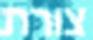
צורת